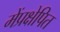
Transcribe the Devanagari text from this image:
मेंप्रक्षेपित